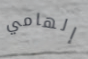
إلهامي